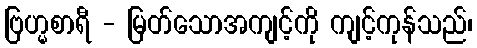
ဗြဟ္မစာရီ - မြတ်သောအကျင့်ကို ကျင့်ကုန်သည်၊